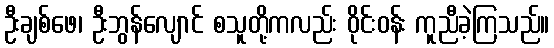
ဦးချစ်ဖေ၊ ဦးဘွန်လျောင် စသူတို့ကလည်း ဝိုင်းဝန်း ကူညီခဲ့ကြသည်။